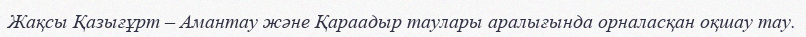
Жақсы Қазығұрт – Амантау және Қараадыр таулары аралығында орналасқан оқшау тау.